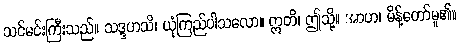
သင်မင်းကြီးသည်။ သဒ္ဒဟသိ၊ ယုံကြည်ပါသလော။ ဣတိ၊ ဤသို့။ အာဟ၊ မိန့်တော်မူ၏။